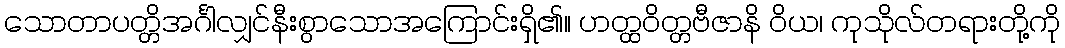
သောတာပတ္တိအင်္ဂါလျှင်နီးစွာသောအကြောင်းရှိ၏။ ဟတ္ထဝိတ္တဗီဇာနိ ဝိယ၊ ကုသိုလ်တရားတို့ကို